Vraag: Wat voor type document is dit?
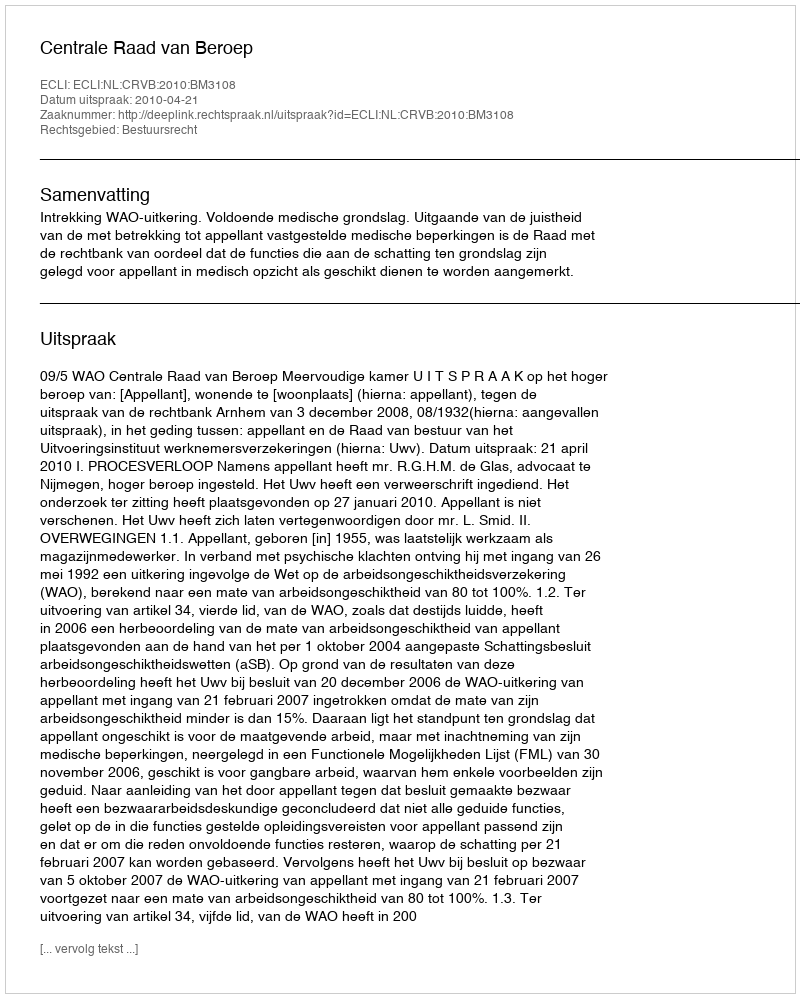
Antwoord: Uitspraak